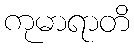
ကုမာရာတိ